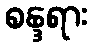
စန္ဒရား